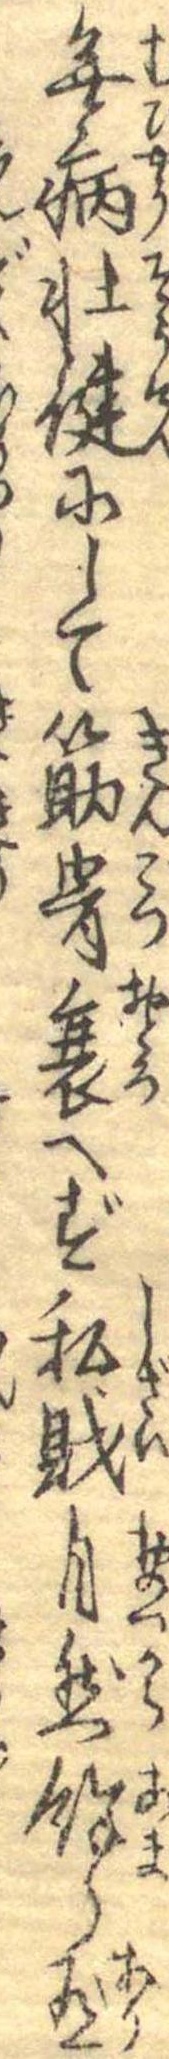
無病壮健にして筋骨衰へず私財自然余り有